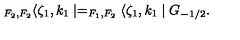
_ { F _ { 2 } , F _ { 2 } } \langle \zeta _ { 1 } , k _ { 1 } \mid = _ { F _ { 1 } , F _ { 2 } } \langle \zeta _ { 1 } , k _ { 1 } \mid G _ { - 1 / 2 } .